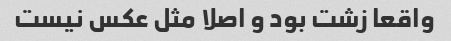
واقعا زشت بود و اصلا مثل عکس نیست